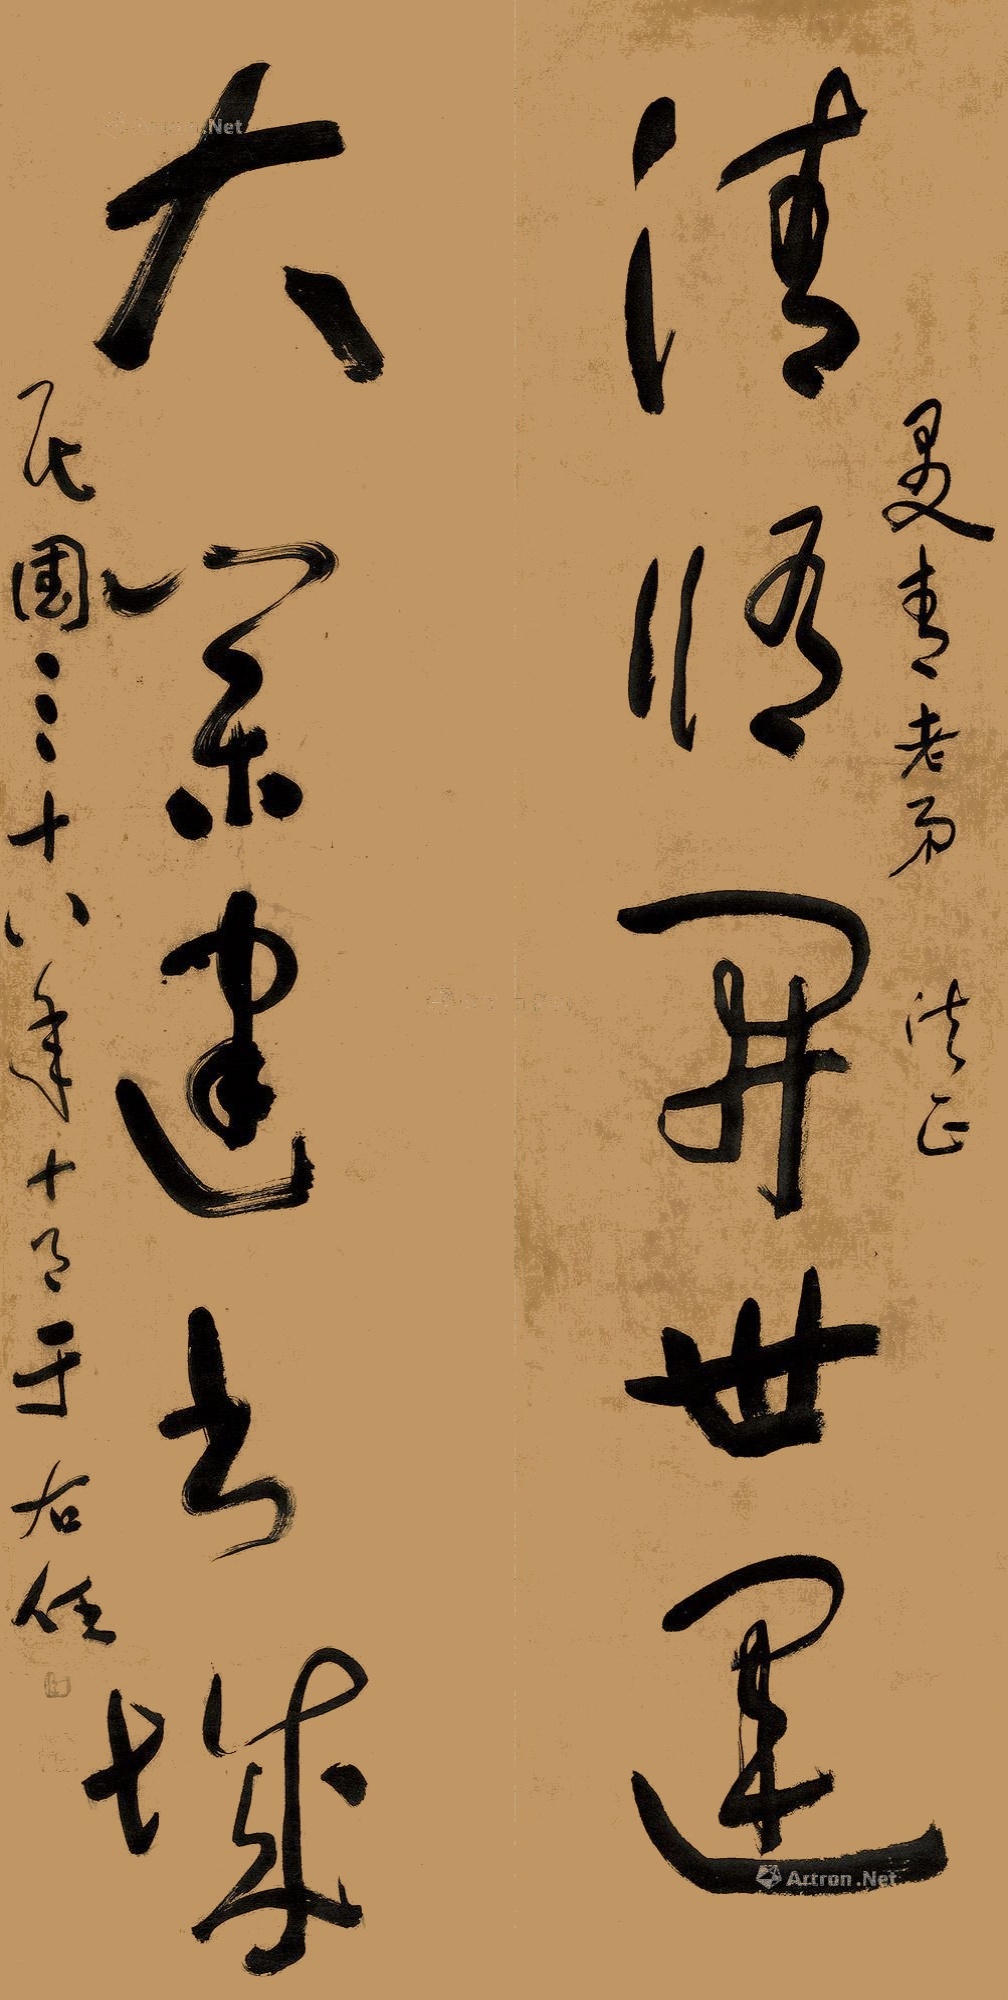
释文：清修开世运，大业建出城。曼青老弟法正，民国三十八年十月，于右任。